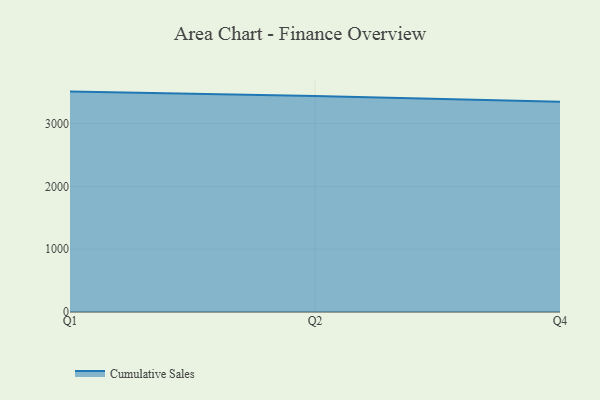
{"axis": {"x": "Quarter", "y": "Backlog"}, "legend": ["Cumulative Sales"], "data": [{"x": "Q1", "y": 3509.7, "type": "Cumulative Sales"}, {"x": "Q2", "y": 3440.0, "type": "Cumulative Sales"}, {"x": "Q4", "y": 3349.5, "type": "Cumulative Sales"}]}